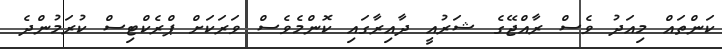
ކަންތައް މިއަދު ވެސް ރާއްޖޭގެ ޝަރުއީ ދާއިރާގައި ކޮންމެވެސް ވަރަކަށް ޕްރެކްޓިސް ކުރަމުންދެ